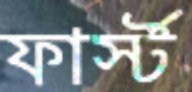
ফার্স্ট